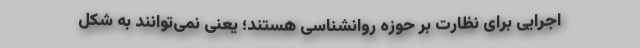
اجرایی برای نظارت بر حوزه روانشناسی هستند؛ یعنی نمی‌توانند به شکل